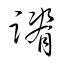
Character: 蹐